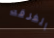
الفرقه